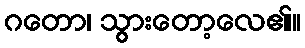
ဂတော၊ သွားတော့လေ၏။